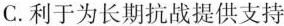
C.利于为长期抗战提供支持